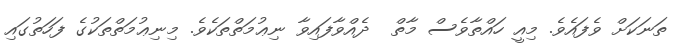
ތަނަކަށް ވެފައެވެ. މިއީ ހައްތާވެސް މާތް  ދެއްވާފައިވާ ނިޢުމަތްތަކެވެ. މިނިޢުމަތްތަކުގެ ފަހަތުގައި